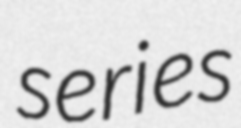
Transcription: series